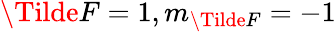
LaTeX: \Tilde{F}=1,m_{\Tilde{F}}=-1